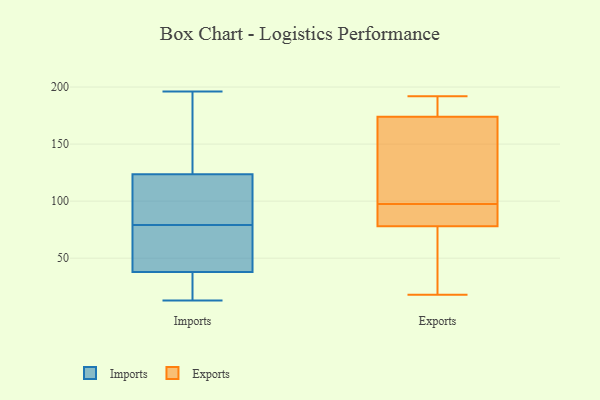
{"axis": {"x": "Conversion Rate (%)", "y": "Value"}, "legend": ["Exports", "Imports"], "data": [{"x": "", "y": 39, "type": "Imports"}, {"x": "", "y": 128, "type": "Imports"}, {"x": "", "y": 196, "type": "Imports"}, {"x": "", "y": 102, "type": "Imports"}, {"x": "", "y": 40, "type": "Imports"}, {"x": "", "y": 79, "type": "Imports"}, {"x": "", "y": 100, "type": "Imports"}, {"x": "", "y": 17, "type": "Imports"}, {"x": "", "y": 160, "type": "Imports"}, {"x": "", "y": 35, "type": "Imports"}, {"x": "", "y": 91, "type": "Imports"}, {"x": "", "y": 122, "type": "Imports"}, {"x": "", "y": 23, "type": "Imports"}, {"x": "", "y": 39, "type": "Imports"}, {"x": "", "y": 66, "type": "Imports"}, {"x": "", "y": 13, "type": "Imports"}, {"x": "", "y": 173, "type": "Imports"}, {"x": "", "y": 83, "type": "Exports"}, {"x": "", "y": 18, "type": "Exports"}, {"x": "", "y": 107, "type": "Exports"}, {"x": "", "y": 79, "type": "Exports"}, {"x": "", "y": 32, "type": "Exports"}, {"x": "", "y": 190, "type": "Exports"}, {"x": "", "y": 163, "type": "Exports"}, {"x": "", "y": 88, "type": "Exports"}, {"x": "", "y": 185, "type": "Exports"}, {"x": "", "y": 77, "type": "Exports"}, {"x": "", "y": 192, "type": "Exports"}, {"x": "", "y": 157, "type": "Exports"}]}